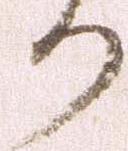
り